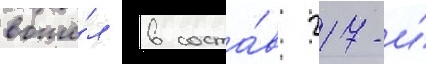
вошё́л в соста́в 217-и́